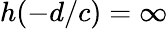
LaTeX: h(-d/c)=\infty